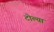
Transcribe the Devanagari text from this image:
टोल्या